Annual report of the Punjab Veterinary College and of the Civil Veterinary Department, Punjab - 1926-1932
Year: 1926
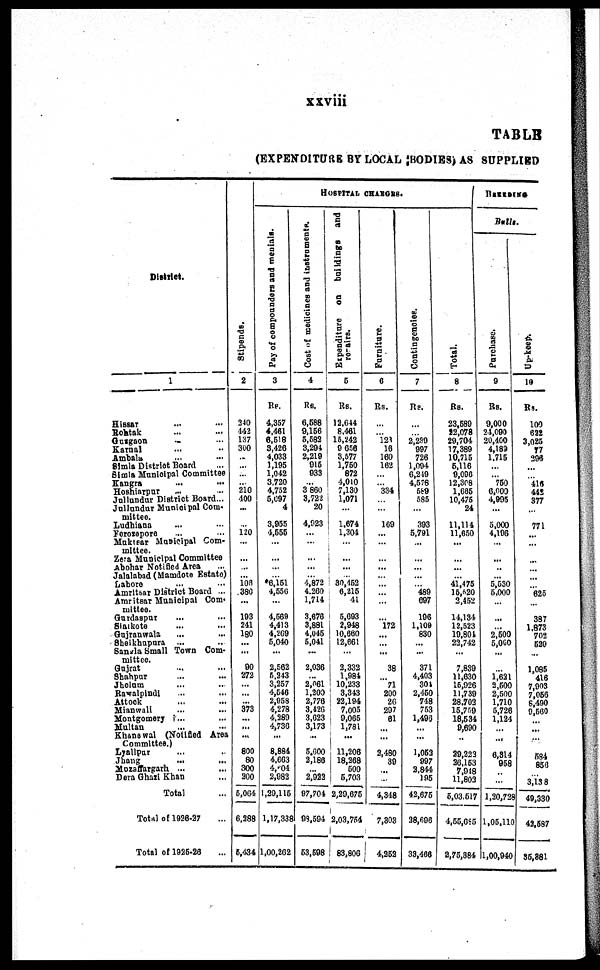
xxviii
TABLE
(EXPENDITURE BY LOCAL BODIES) AS SUPPLIED
District.
1
Hissar
...
...
Rohtak ... ...
Gurgaon ... ...
Karnal ... ...
Ambala ... ...
Simla District Board...
Simla Municipal Committee
Kangra
...
...
Hoshiarpur ... ...
Jullundur District Board ...
Jullundar Municipal Com-
mittee.
Ludhiana ... ...
Ferozepore ... ...
Muktsar Municipal Com-
mittee.
Zera Municipal Committee
Abohar Notified Area ...
Jalalabad (Mamdote Estate)
Lahore ... ...
Amritsar District Board ...
Amritsar Municipal Com-
mittee.
Gurdaspur ... ...
Sialkote ... ...
Gujranwala ... ...
Sheikhupura ... ...
Sangla Small Town Com-
mittee.
Gujrat ... ...
Shahpur ... ...
Jhelum ... ...
Rawalpindi ... ...
Attock ... ...
Mianwali ... ...
Montgomery ... ...
Multan ... ...
Khanawal (Notified Area
Committee.)
Lyallpur ... ...
Jhang ... ...
Mozaffargarh ... ...
Dera Ghazi Khan ... ...
Total ...
Total of 1926-27 ...
Total of 1925-26 ...
Stipends.
2
240
442
137
300
...
...
...
... 210
400
...
...
120
...
...
...
... 106
380
...
193
241
180
...
...
90
272
...
...
... 373
... ...
...
800
80
300
200
5,064
6,288
5,434
HOSPITAL CHARGES.
Pay of compounders and menials.
3
Rs.
4,357
4,461
6,518
3,426
4,033
1,195
1,042
3,720
4,752
5,097
4
3,955
4,555
...
...
...
... 6,151
4,556
...
4,569
4,413
4,269
5,040
...
2,562
5,243
3,257
4,546
2,958
4,278
4,289
4,736
...
8,884
4,663
4,604
2,982
1,29,115
1,17,338
1,00,262
Cost of medicines and instruments.
4
Rs.
6,588
9,156
5,582
3,294
2,219
915
933
... 3 860
3,722
20
4,923
...
...
...
...
... 4,872
4,260
1,714
3,676
3,881
4,045
5,041
...
2,036
... 2,061
1,200
2,776
3,426
3,623
3,173
...
5,600
2,186
... 2,922
97,704
98,594
53,698
Expenditure on buildings and
repairs.
5
Rs.
12,644
8,461
15,242
9 656
3,577
1,750
872
4,010
7,130
1,071
...
1,674
1,304
...
... ...
... 30,452
6,215
41
5,693
2,948
10,660
12,661
...
2,332
1,984
10,233
3,343
22,194
7,005
9,065
1,781
...
11,206
18,268
500
5,703
2,29,675
2,03,764
83,806
Furniture.
6
Rs.
...
... 123
16
160
162
...
... 334
...
...
169
...
...
...
...
...
...
...
...
...
172
... ...
...
38
... 71
200
26
297
61
...
...
2,480
39
...
...
4,348
7,303
4,252
Contingencies.
7
Rs.
...
... 2,239
997
726
1,094
6,249
4,578
589
585
...
393
5,791
...
...
...
...
... 489
697
196
1,109
830
...
...
371
4,403
304
2,450
748
753
1,493
...
...
1,053
997
2,844
195
42,675
38,696
33,466
Total.
8
Rs.
23,589
22,078
29,704
17,389
10,715
5,116
9,096
12,308
1,685
10,475
24
11,114
11,650
...
...
...
... 41,475
15,520
2,452
14,134
12,523
19,804
22,742
...
7,839
11,630
15,926
11,739
28,702
15,759
18,534
9,690
..
29,223
26,163
7,948
11,803
5,03,517
4,55,685
2,75,884
BREEDING
Bulls.
Purchase.
9
Rs.
9,000
24,090
20,400
4,189
1,715
...
... 750
6,000
4,995
...
5,000
4,196
...
... ...
... 5,530
5,000
...
...
... 2,500
5,000
...
...
1,631
3,500
2,500
1,710
5,726
1,124
... ...
6,314
958
...
...
1,20,728
1,05,110
1,00,940
Up-keep.
10
Rs.
100
622
3,025
77
296
...
... 416
442
377
...
771
...
...
... ...
...
... 625
...
387
1,873
702
520
...
1,085
416
7,903
7,956
8,490
9,560
... ...
...
584
856
...
3,138
49,330
42,587
35,881